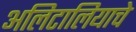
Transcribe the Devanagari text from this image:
अलिटालियाचे